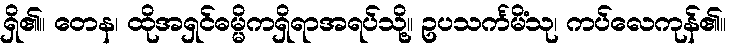
ရှိ၏။ တေန၊ ထိုအရှင်ဓမ္မိကရှိရာအရပ်သို့။ ဥပသင်္ကမိံသု၊ ကပ်လေကုန်၏။